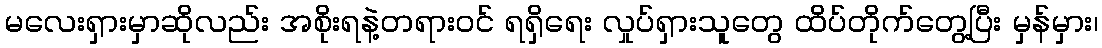
မလေးရှားမှာဆိုလည်း အစိုးရနဲ့တရားဝင် ရရှိရေး လှုပ်ရှားသူတွေ ထိပ်တိုက်တွေ့ပြီး မှန်မှား၊